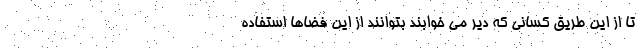
تا از این طریق کسانی که دیر می خوابند بتوانند از این فضاها استفاده